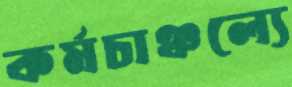
কর্মচাঞ্চল্যে